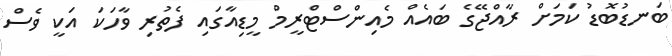
ބަނޑުބޮޑު ކަމަށް ރާއްޖޭގެ ބައެއް މެއިންސްޓްރީމް މީޑިއާގައި ފެތުރި ވާހަކަ އަކީ ވެސް